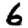
Digit: 6